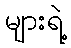
များရဲ့